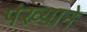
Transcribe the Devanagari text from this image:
पंख्याने